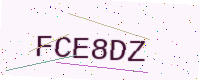
Text: FCE8DZ